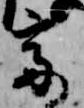
亭